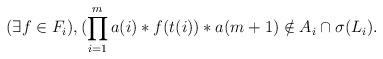
LaTeX: \begin{align*}(\exists f \in F_i), (\prod\limits_{i=1}^m a(i) \ast f(t(i)) \ast a(m+1) \notin A_i \cap \sigma(L_i).\end{align*}